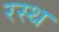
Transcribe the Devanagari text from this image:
रस्थ